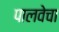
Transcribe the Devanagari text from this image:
पालवेचा